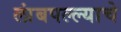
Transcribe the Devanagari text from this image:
लांबपल्ल्याचे